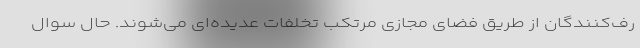
رف‌کنندگان از طریق فضای مجازی مرتکب تخلفات عدیده‌ای می‌شوند. حال سوال